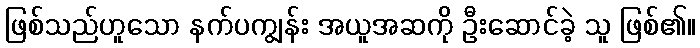
ဖြစ်သည်ဟူသော နက်ပကျွန်း အယူအဆကို ဦးဆောင်ခဲ့ သူ ဖြစ်၏။